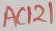
Text: AC121